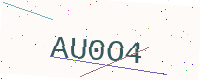
Text: AU0O4